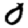
Digit: 0